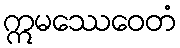
ဣမဿေဝေတံ